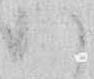
い